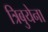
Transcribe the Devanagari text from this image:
त्रिबुयेना